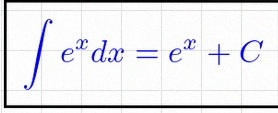
\int e^x dx=e^x+C